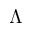
\Lambda